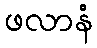
ဖလာနံ